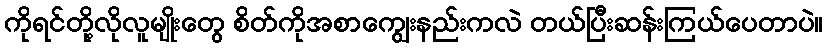
ကိုရင်တို့လိုလူမျိုးတွေ စိတ်ကိုအစာကျွေးနည်းကလဲ တယ်ပြီးဆန်းကြယ်ပေတာပဲ။